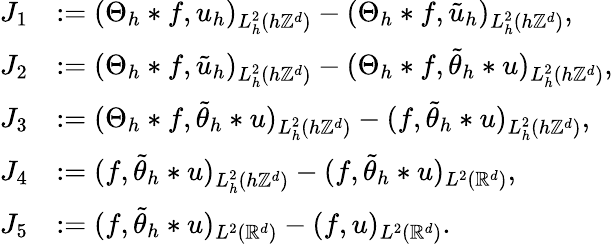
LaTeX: \begin{array}{rl}{J_{1}}&{:=(\Theta_{h}*f,u_{h})_{L_{h}^{2}(h\mathbb{Z}^{d})}-(\Theta_{h}*f,\tilde{u}_{h})_{L_{h}^{2}(h\mathbb{Z}^{d})},}\\ {J_{2}}&{:=(\Theta_{h}*f,\tilde{u}_{h})_{L_{h}^{2}(h\mathbb{Z}^{d})}-(\Theta_{h}*f,\tilde{\theta}_{h}*u)_{L_{h}^{2}(h\mathbb{Z}^{d})},}\\ {J_{3}}&{:=(\Theta_{h}*f,\tilde{\theta}_{h}*u)_{L_{h}^{2}(h\mathbb{Z}^{d})}-(f,\tilde{\theta}_{h}*u)_{L_{h}^{2}(h\mathbb{Z}^{d})},}\\ {J_{4}}&{:=(f,\tilde{\theta}_{h}*u)_{L_{h}^{2}(h\mathbb{Z}^{d})}-(f,\tilde{\theta}_{h}*u)_{L^{2}(\mathbb{R}^{d})},}\\ {J_{5}}&{:=(f,\tilde{\theta}_{h}*u)_{L^{2}(\mathbb{R}^{d})}-(f,u)_{L^{2}(\mathbb{R}^{d})}.}\end{array}